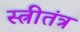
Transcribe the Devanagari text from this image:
स्त्रीतंत्र